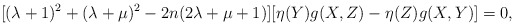
\begin{align*}[(\lambda+1)^2+(\lambda+\mu)^2-2n(2\lambda+\mu+1)][\eta(Y)g(X,Z)-\eta(Z)g(X,Y)]=0,\end{align*}